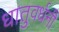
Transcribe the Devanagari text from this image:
धातुवर्धनी